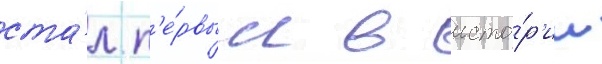
ста́л п'е́рвым в исто́р'ии